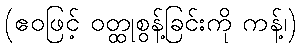
(ဧဝဖြင့် ဝတ္ထုစွန့်ခြင်းကို ကန့်၊)